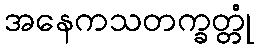
အနေကသတက္ခတ္တုံ